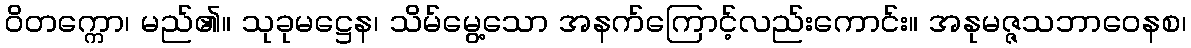
ဝိတက္ကော၊ မည်၏။ သုခုမဋ္ဌေန၊ သိမ်မွေ့သော အနက်ကြောင့်လည်းကောင်း။ အနုမဇ္ဇသဘာဝေနစ၊